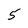
Character: 5